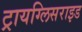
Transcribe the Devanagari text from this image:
ट्रायग्लिसराइड